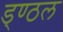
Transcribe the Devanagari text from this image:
ड्ण्ठल